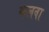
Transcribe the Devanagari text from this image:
कलवा